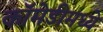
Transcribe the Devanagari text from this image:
कॉमेडीमध्ये